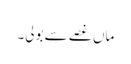
ماں غصے سے بولی۔